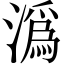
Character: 潙